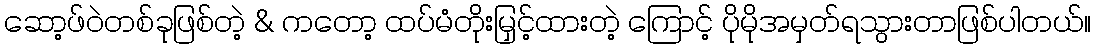
ဆော့ဖ်ဝဲတစ်ခုဖြစ်တဲ့ & ကတော့ ထပ်မံတိုးမြှင့်ထားတဲ့ ကြောင့် ပိုမိုအမှတ်ရသွားတာဖြစ်ပါတယ်။